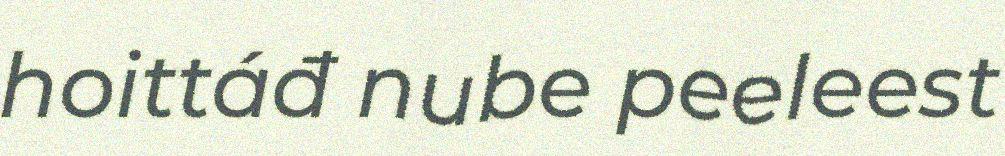
hoittáđ nube peeleest